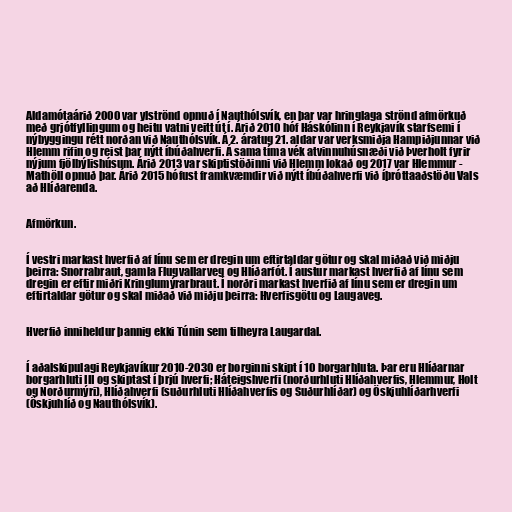
Aldamótaárið 2000 var ylströnd opnuð í Nauthólsvík, en þar var hringlaga strönd afmörkuð
með grjótfyllingum og heitu vatni veitt út í. Árið 2010 hóf Háskólinn í Reykjavík starfsemi í
nýbyggingu rétt norðan við Nauthólsvík. Á 2. áratug 21. aldar var verksmiðja Hampiðjunnar við
Hlemm rifin og reist þar nýtt íbúðahverfi. Á sama tíma vék atvinnuhúsnæði við Þverholt fyrir
nýjum fjölbýlishúsum. Árið 2013 var skiptistöðinni við Hlemm lokað og 2017 var Hlemmur -
Mathöll opnuð þar. Árið 2015 hófust framkvæmdir við nýtt íbúðahverfi við íþróttaaðstöðu Vals
að Hlíðarenda.

Afmörkun.

Í vestri markast hverfið af línu sem er dregin um eftirtaldar götur og skal miðað við miðju
þeirra: Snorrabraut, gamla Flugvallarveg og Hlíðarfót. Í austur markast hverfið af línu sem
dregin er eftir miðri Kringlumýrarbraut. Í norðri markast hverfið af línu sem er dregin um
eftirtaldar götur og skal miðað við miðju þeirra: Hverfisgötu og Laugaveg.

Hverfið inniheldur þannig ekki Túnin sem tilheyra Laugardal.

Í aðalskipulagi Reykjavíkur 2010-2030 er borginni skipt í 10 borgarhluta. Þar eru Hlíðarnar
borgarhluti III og skiptast í þrjú hverfi; Háteigshverfi (norðurhluti Hlíðahverfis, Hlemmur, Holt
og Norðurmýri), Hlíðahverfi (suðurhluti Hlíðahverfis og Suðurhlíðar) og Öskjuhlíðarhverfi
(Öskjuhlíð og Nauthólsvík).